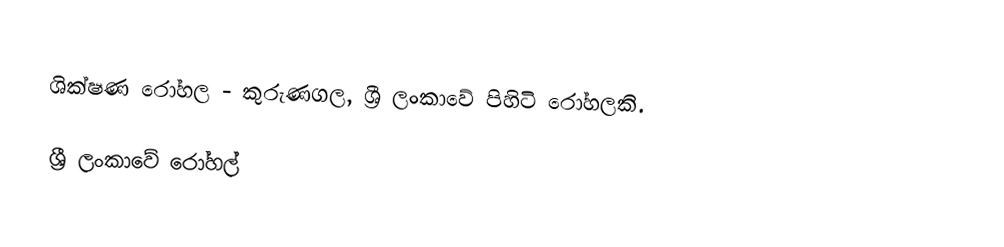
ශික්ෂණ රෝහල - කුරුණගල, ශ්‍රී ලංකාවේ පිහිටි රෝහලකි.

ශ්‍රී ලංකාවේ රෝහල්